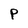
Character: P